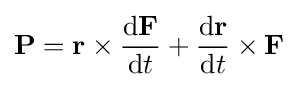
\mathbf {P} =\mathbf {r} \times {\frac {\mathrm {d} \mathbf {F} }{\mathrm {d} t}}+{\frac {\mathrm {d} \mathbf {r} }{\mathrm {d} t}}\times \mathbf {F}